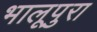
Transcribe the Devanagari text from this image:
भालूपुरा